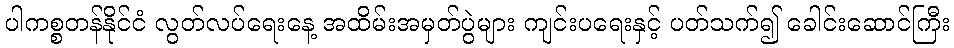
ပါကစ္စတန်နိုင်ငံ လွတ်လပ်ရေးနေ့ အထိမ်းအမှတ်ပွဲများ ကျင်းပရေးနှင့် ပတ်သက်၍ ခေါင်းဆောင်ကြီး